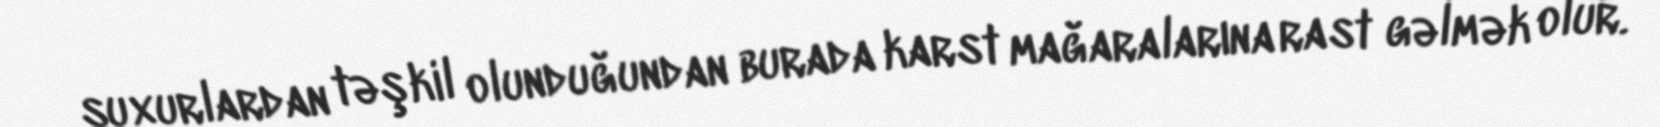
suxurlardan təşkil olunduğundan burada karst mağaralarına rast gəlmək olur.